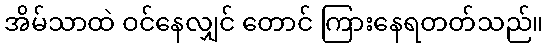
အိမ်သာထဲ ဝင်နေလျှင် တောင် ကြားနေရတတ်သည်။